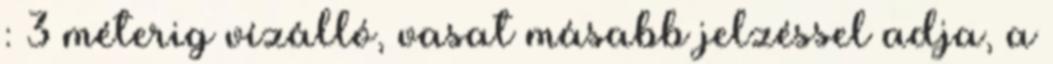
: 3 méterig vízálló, vasat másabb jelzéssel adja, a